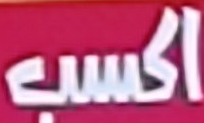
اكسب